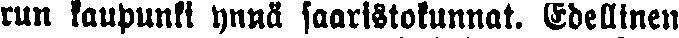
run kaupunki ynnä saaristokunnat. Edellinen